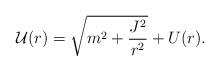
LaTeX: \begin{align*}{\cal U}(r)=\sqrt{m^2+\frac{J^2}{r^2}}+ U(r). \end{align*}